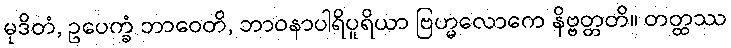
မုဒိတံ, ဥပေက္ခံ ဘာဝေတိ, ဘာဝနာပါရိပူရိယာ ဗြဟ္မလောကေ နိဗ္ဗတ္တတိ။ တတ္ထဿ